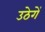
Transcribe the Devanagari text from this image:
उठेगें